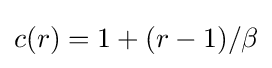
c(r)=1+(r-1)/\beta